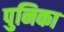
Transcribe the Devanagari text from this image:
पुनिका